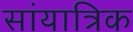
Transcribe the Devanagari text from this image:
सांयात्रिक